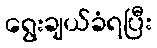
ရွေးချယ်ခံရပြီး